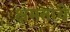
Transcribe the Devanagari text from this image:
क्षमतांचे